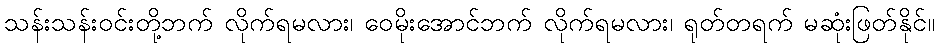
သန်းသန်းဝင်းတို့ဘက် လိုက်ရမလား၊ ဝေမိုးအောင်ဘက် လိုက်ရမလား၊ ရုတ်တရက် မဆုံးဖြတ်နိုင်။